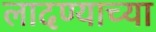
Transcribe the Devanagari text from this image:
लादण्याच्या